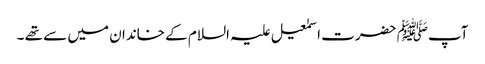
آپﷺ حضرت اسمٰعیل علیہ السلام کے خاندان میں سے تھے ۔